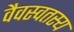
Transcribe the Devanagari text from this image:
वैवस्वतस्य